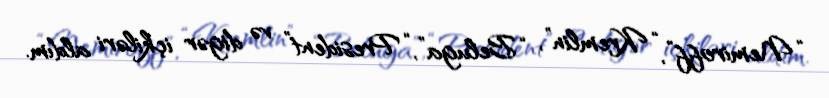
“Nemiroff”, “Kremlin”, “Beluga”, “President” və digər içkiləri aldım.